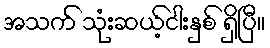
အသက် သုံးဆယ့်ငါးနှစ် ရှိပြီ။